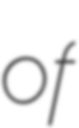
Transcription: of